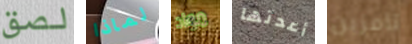
لصق لماذا مواد أعدتها تامزين